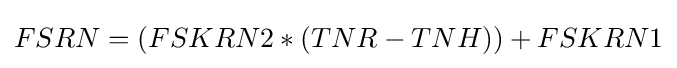
FSRN=(FSKRN2*(TNR-TNH))+FSKRN1